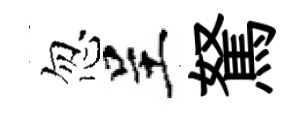
忽呈駑